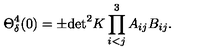
\Theta _ { \delta } ^ { 4 } ( 0 ) = \pm \mathrm { d e t } ^ { 2 } K \prod _ { i < j } ^ { 3 } A _ { i j } B _ { i j } .